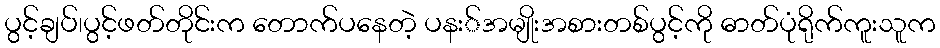
ပွင့်ချပ်၊ပွင့်ဖတ်တိုင်းက တောက်ပနေတဲ့ ပနး်အမျိုးအစားတစ်ပွင့်ကို ဓာတ်ပုံရိုက်ကူးသူက